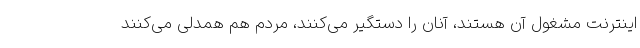
اینترنت مشغول آن هستند، آنان را دستگیر می‌کنند، مردم هم همدلی می‌کنند